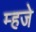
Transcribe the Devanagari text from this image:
म्हजे